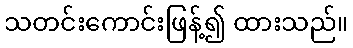
သတင်းကောင်းဖြန့်၍ ထားသည်။